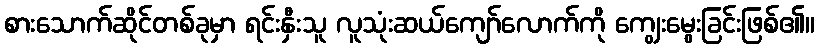
စားသောက်ဆိုင်တစ်ခုမှာ ရင်းနှီးသူ လူသုံးဆယ်ကျော်လောက်ကို ကျွေးမွေးခြင်းဖြစ်၏။